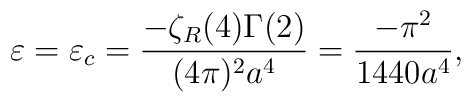
\varepsilon=\varepsilon_{c}=\frac{-\zeta_{R}(4)\Gamma(2)}{(4\pi)^{2}a^{4}}=\frac{-\pi^{2}}{1440a^{4}},